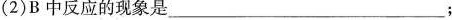
(2)B中反应的现象是___；